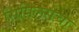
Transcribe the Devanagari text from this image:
सिपिलसचा